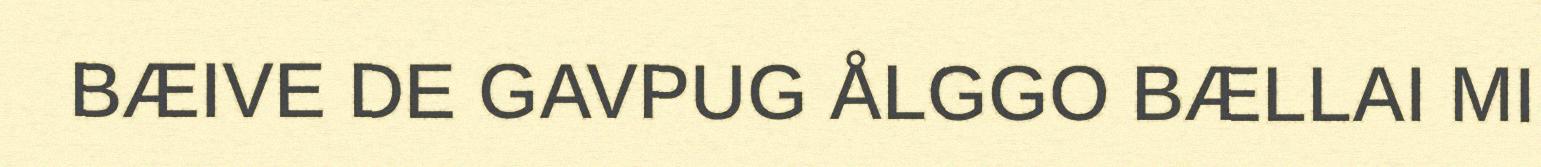
BÆIVE DE GAVPUG ÅLGGO BÆLLAI MI